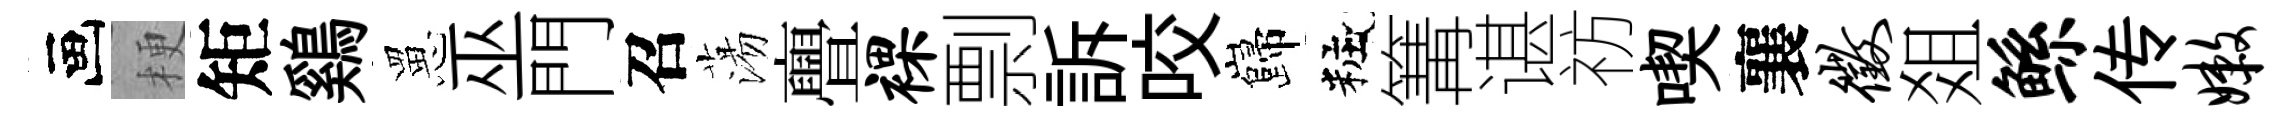
画梗矩鷄罳巫門召蕩亹裸剽訴咬巋粧篝谌祊喫襄征爼鲧传嫩